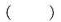
()